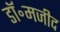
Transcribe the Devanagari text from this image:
डॉ॰मजीद